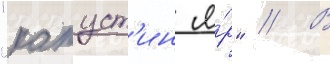
"капуст'ин я́р" // В